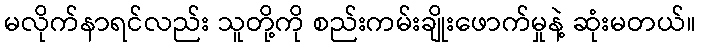
မလိုက်နာရင်လည်း သူတို့ကို စည်းကမ်းချိုးဖောက်မှုနဲ့ ဆုံးမတယ်။